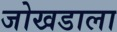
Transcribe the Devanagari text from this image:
जोखडाला